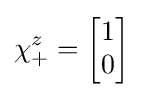
\chi _{+}^{z}={\begin{bmatrix}1\\0\\\end{bmatrix}}